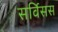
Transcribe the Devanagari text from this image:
सर्विसस